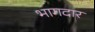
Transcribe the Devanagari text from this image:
भागदार